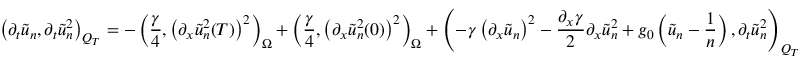
\left( \partial _ { t } \tilde { u } _ { n } , \partial _ { t } \tilde { u } _ { n } ^ { 2 } \right) _ { Q _ { T } } = - \left( \frac { \gamma } { 4 } , \left( \partial _ { x } \tilde { u } _ { n } ^ { 2 } ( T ) \right) ^ { 2 } \right) _ { \Omega } + \left( \frac { \gamma } { 4 } , \left( \partial _ { x } \tilde { u } _ { n } ^ { 2 } ( 0 ) \right) ^ { 2 } \right) _ { \Omega } + \left( - \gamma \left( \partial _ { x } \tilde { u } _ { n } \right) ^ { 2 } - \frac { \partial _ { x } \gamma } { 2 } \partial _ { x } \tilde { u } _ { n } ^ { 2 } + g _ { 0 } \left( \tilde { u } _ { n } - \frac { 1 } { n } \right) , \partial _ { t } \tilde { u } _ { n } ^ { 2 } \right) _ { Q _ { T } }